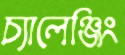
চ্যালেঞ্জিং